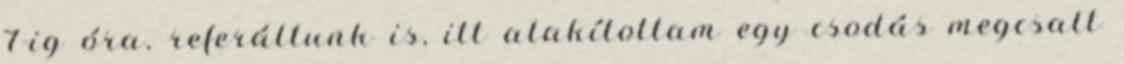
7-ig óra, referáltunk is, itt alakítottam egy csodás megcsalt